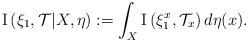
LaTeX: \begin{align*}\mathrm{I}\left(\xi_{1},\mathcal{T}|X,\eta\right) & :=\int_{X}\mathrm{I}\left(\xi_{1}^{x},\mathcal{T}_{x}\right)d\eta(x).\end{align*}